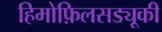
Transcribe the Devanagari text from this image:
हिमोफ़िलसड्यूकी